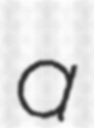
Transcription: a